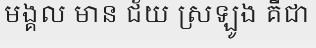
មង្គល មាន ជ័យ ស្រឡូង គឺជា